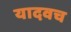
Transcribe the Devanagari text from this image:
यादवच